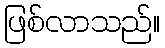
ဖြစ်လာသည်။